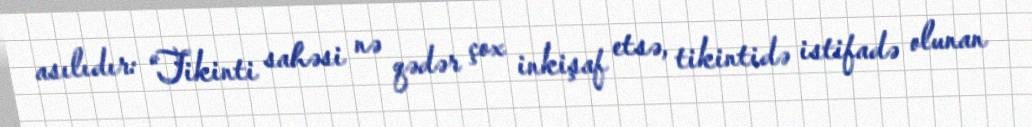
asılıdır: “Tikinti sahəsi nə qədər çox inkişaf etsə, tikintidə istifadə olunan